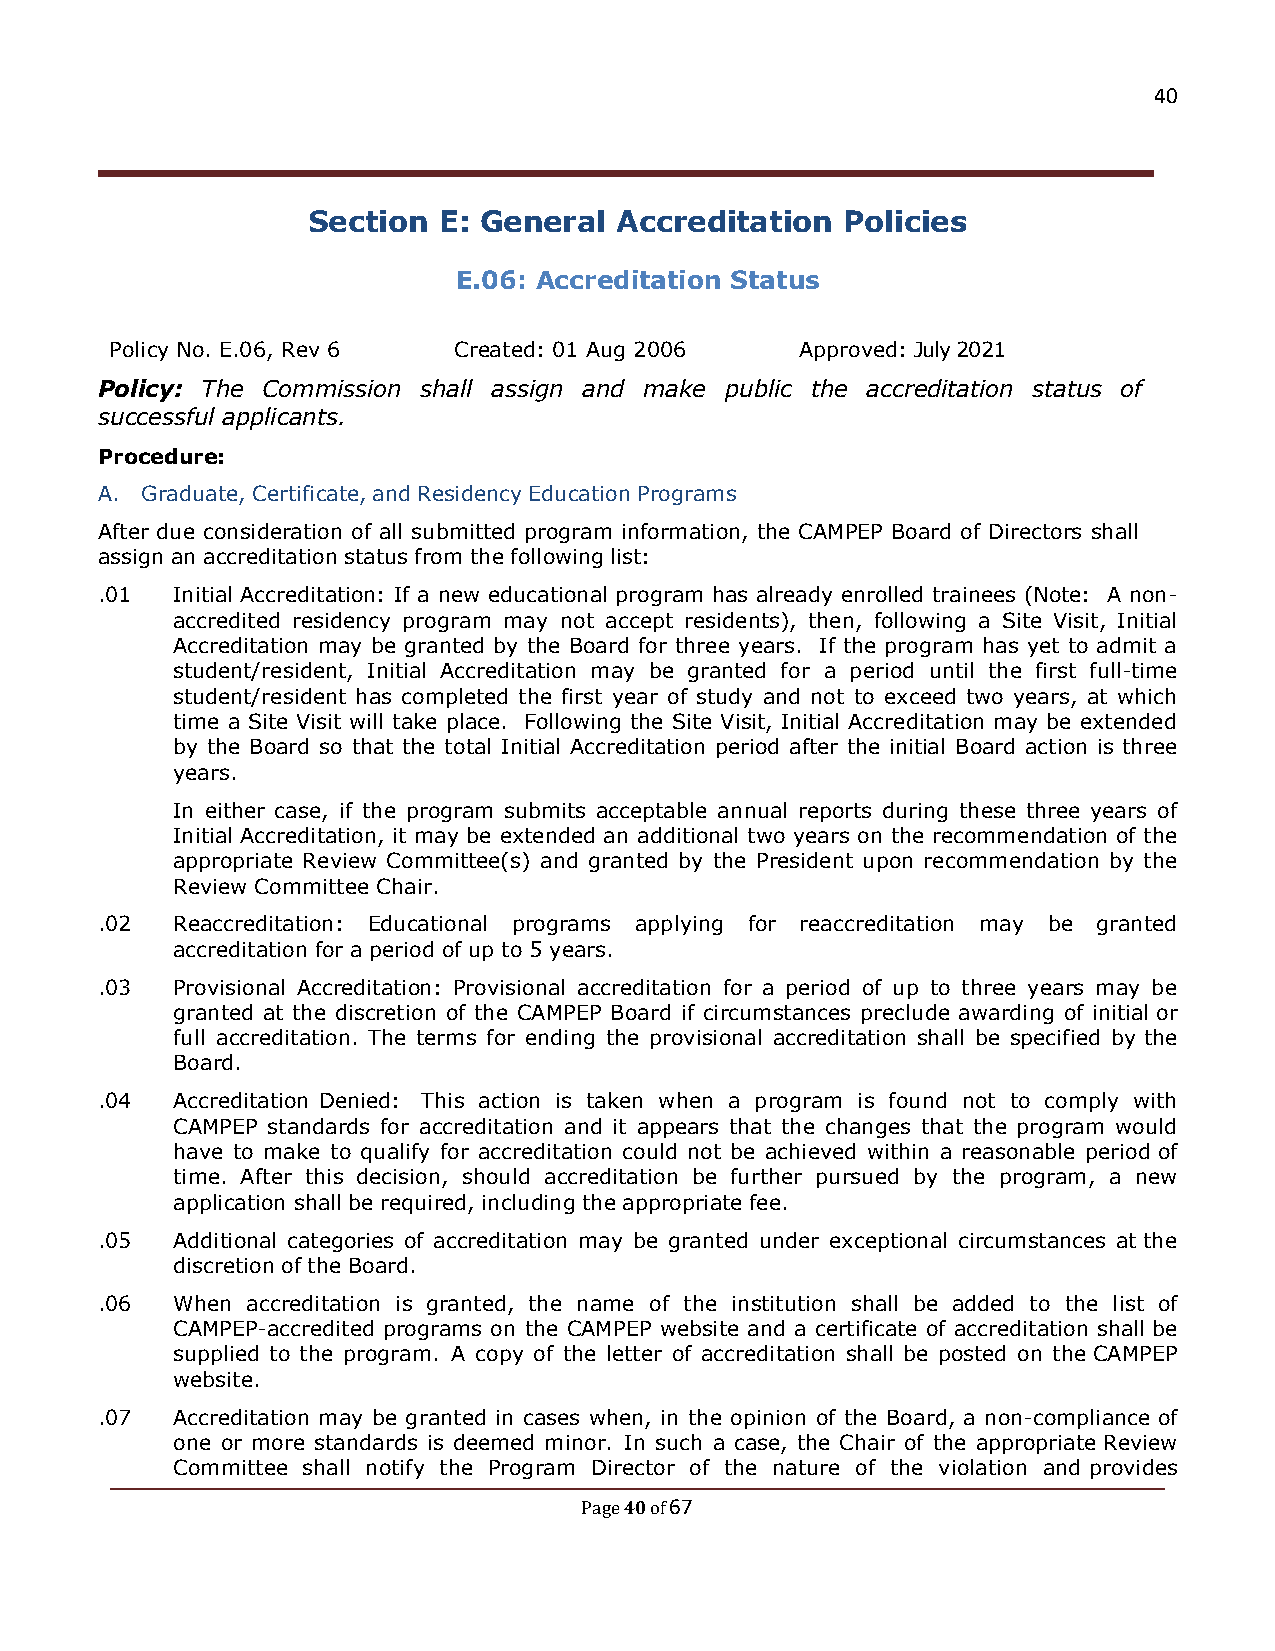
40
 Section  E: General  Accreditation  Policies
 E.06: Accreditation Status
 Policy No. E.06, Rev 6 Created: 01 Aug 2006   Approved: July 2021
 Policy: The Commission shall assign and make public the accreditation status of
 successful applicants.
 Procedure:
 A. Graduate, Certificate, and Residency Education Programs
 After due consideration of all submitted program information, the CAMPEP Board of Directors shall
 assign an accreditation status from the following list:
 .01  Initial Accreditation: If a new educational program has already enrolled trainees (Note: A non-
 accredited residency program may not accept residents), then, following a Site Visit, Initial
 Accreditation may be granted by the Board for three years. If the program has yet to admit a
 student/resident, Initial Accreditation may be granted for a period until the first full-time
 student/resident has completed the first year of study and not to exceed two years, at which
 time a Site Visit will take place. Following the Site Visit, Initial Accreditation may be extended
 by the Board so that the total Initial Accreditation period after the initial Board action is three
 years.
 In either case, if the program submits acceptable annual reports during these three years of
 Initial Accreditation, it may be extended an additional two years on the recommendation of the
 appropriate Review Committee(s) and granted by the President upon recommendation by the
 Review Committee Chair.
 .02  Reaccreditation: Educational programs applying for reaccreditation may be granted
 accreditation for a period of up to 5 years.
 .03  Provisional Accreditation: Provisional accreditation for a period of up to three years may be
 granted at the discretion of the CAMPEP Board if circumstances preclude awarding of initial or
 full accreditation. The terms for ending the provisional accreditation shall be specified by the
 Board.
 .04  Accreditation Denied: This action is taken when a program is found not to comply with
 CAMPEP standards for accreditation and it appears that the changes that the program would
 have to make to qualify for accreditation could not be achieved within a reasonable period of
 time. After this decision, should accreditation be further pursued by the program, a new
 application shall be required, including the appropriate fee.
 .05  Additional categories of accreditation may be granted under exceptional circumstances at the
 discretion of the Board.
 .06  When accreditation is granted, the name of the institution shall be added to the list of
 CAMPEP-accredited programs on the CAMPEP website and a certificate of accreditation shall be
 supplied to the program. A copy of the letter of accreditation shall be posted on the CAMPEP
 website.
 .07  Accreditation may be granted in cases when, in the opinion of the Board, a non-compliance of
 one or more standards is deemed minor. In such a case, the Chair of the appropriate Review
 Committee shall notify the Program Director of the nature of the violation and provides
 40 67
 Page of